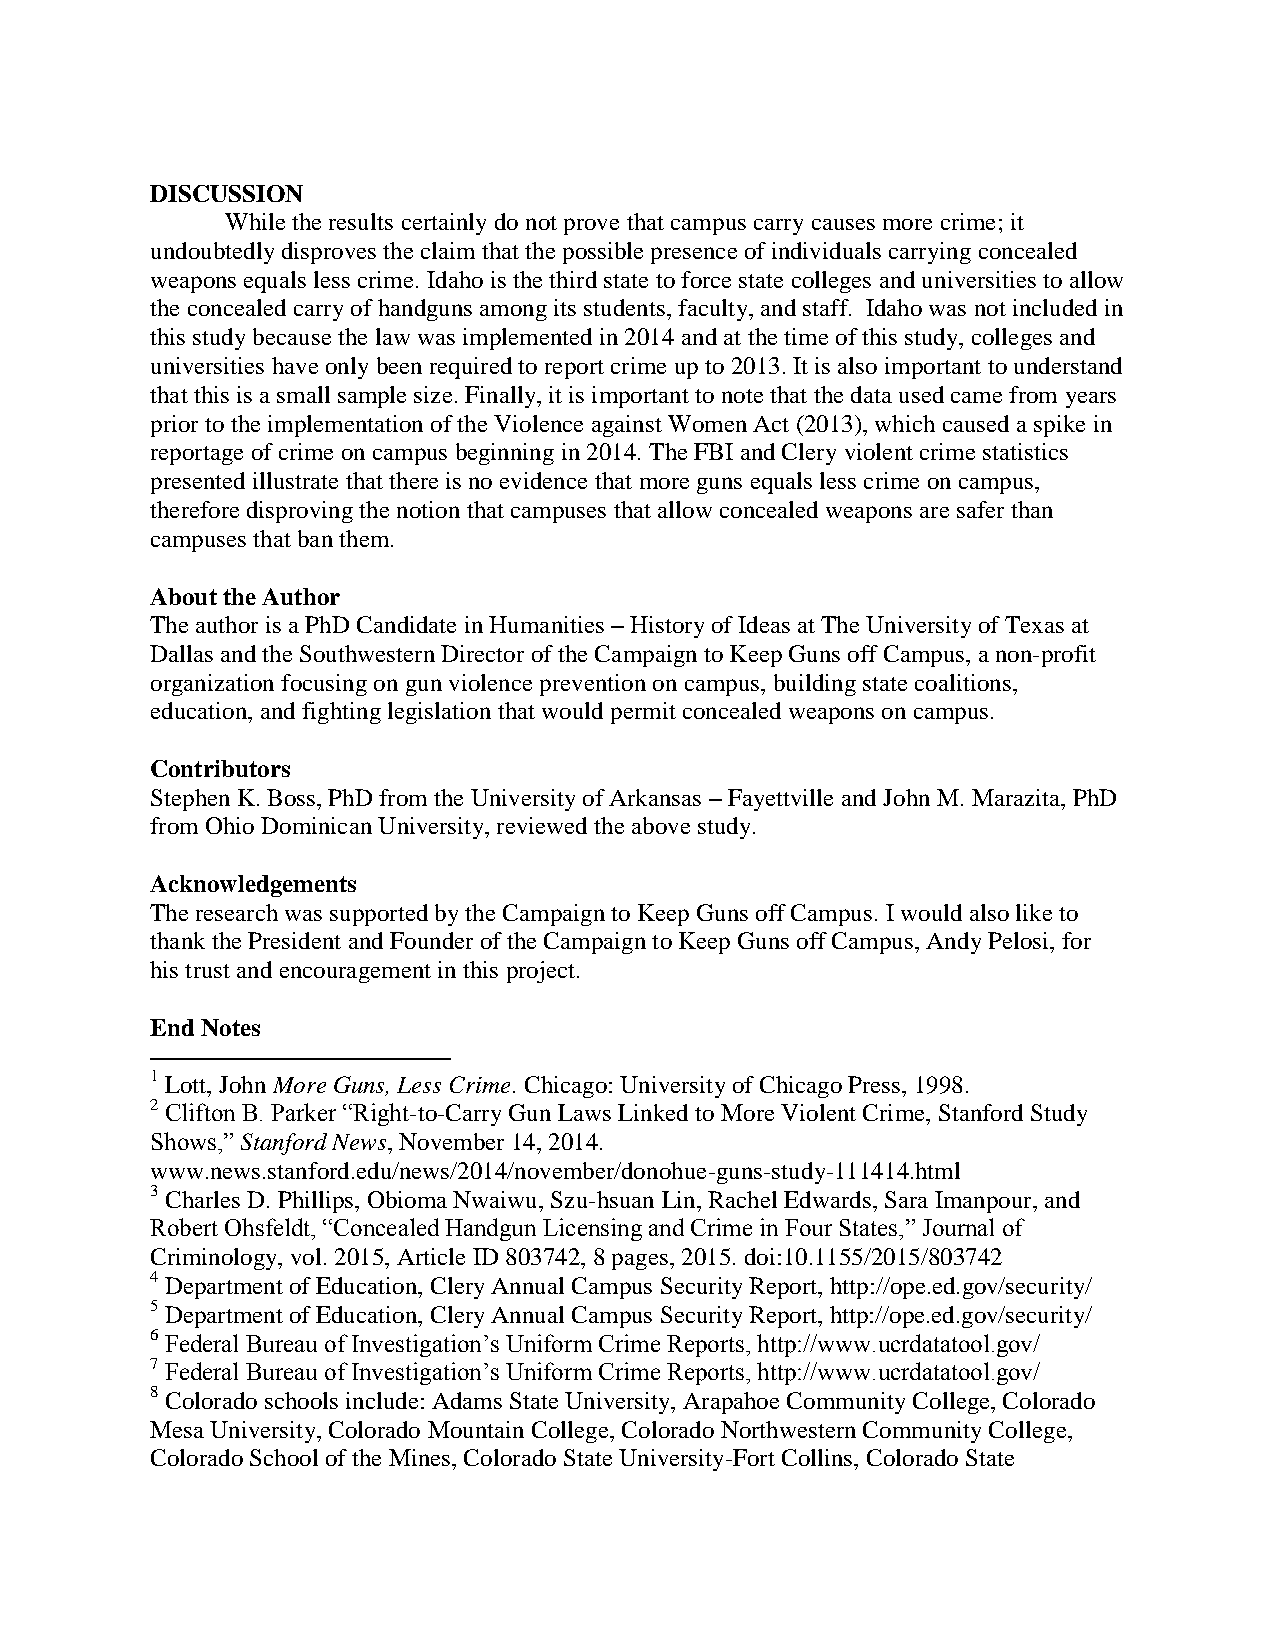
DISCUSSION
 While the results certainly do not prove that campus carry causes more crime; it
 undoubtedly disproves the claim that the possible presence of individuals carrying concealed
 weapons equals less crime. Idaho is the third state to force state colleges and universities to allow
 the concealed carry of handguns among its students, faculty, and staff. Idaho was not included in
 this study because the law was implemented in 2014 and at the time of this study, colleges and
 universities have only been required to report crime up to 2013. It is also important to understand
 that this is a small sample size. Finally, it is important to note that the data used came from years
 prior to the implementation of the Violence against Women Act (2013), which caused a spike in
 reportage of crime on campus beginning in 2014. The FBI and Clery violent crime statistics
 presented illustrate that there is no evidence that more guns equals less crime on campus,
 therefore disproving the notion that campuses that allow concealed weapons are safer than
 campuses that ban them.
 About the Author
 The author is a PhD Candidate in Humanities – History of Ideas at The University of Texas at
 Dallas and the Southwestern Director of the Campaign to Keep Guns off Campus, a non-profit
 organization focusing on gun violence prevention on campus, building state coalitions,
 education, and fighting legislation that would permit concealed weapons on campus.
 Contributors
 Stephen K. Boss, PhD from the University of Arkansas – Fayettville and John M. Marazita, PhD
 from Ohio Dominican University, reviewed the above study.
 Acknowledgements
 The research was supported by the Campaign to Keep Guns off Campus. I would also like to
 thank the President and Founder of the Campaign to Keep Guns off Campus, Andy Pelosi, for
 his trust and encouragement in this project.
 End Notes
 1 Lott, John More Guns, Less Crime. Chicago: University of Chicago Press, 1998.
 2 Clifton B. Parker “Right-to-Carry Gun Laws Linked to More Violent Crime, Stanford Study
 Shows,” Stanford News, November 14, 2014.
 www.news.stanford.edu/news/2014/november/donohue-guns-study-111414.html
 3 Charles D. Phillips, Obioma Nwaiwu, Szu-hsuan Lin, Rachel Edwards, Sara Imanpour, and
 Robert Ohsfeldt, “Concealed Handgun Licensing and Crime in Four States,” Journal of
 Criminology, vol. 2015, Article ID 803742, 8 pages, 2015. doi:10.1155/2015/803742
 4 Department of Education, Clery Annual Campus Security Report, http://ope.ed.gov/security/
 5 Department of Education, Clery Annual Campus Security Report, http://ope.ed.gov/security/
 6 Federal Bureau of Investigation’s Uniform Crime Reports, http://www.ucrdatatool.gov/
 7 Federal Bureau of Investigation’s Uniform Crime Reports, http://www.ucrdatatool.gov/
 8 Colorado schools include: Adams State University, Arapahoe Community College, Colorado
 Mesa University, Colorado Mountain College, Colorado Northwestern Community College,
 Colorado School of the Mines, Colorado State University-Fort Collins, Colorado State